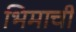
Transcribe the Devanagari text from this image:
भिमाची